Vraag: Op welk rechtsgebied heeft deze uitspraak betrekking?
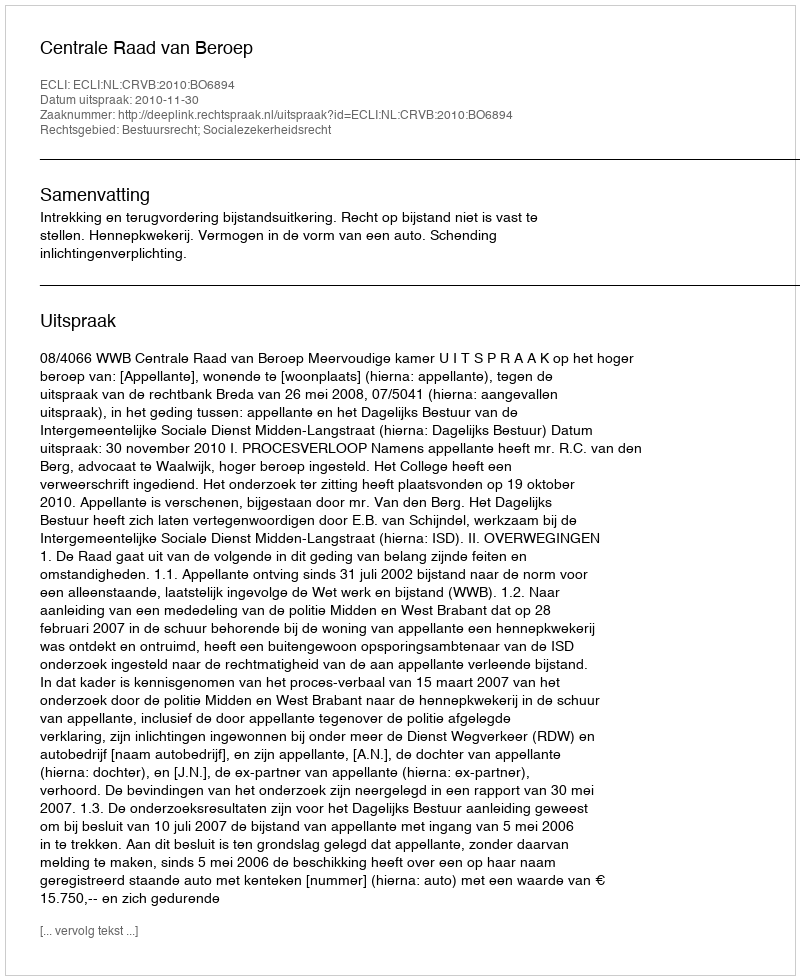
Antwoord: Bestuursrecht; Socialezekerheidsrecht